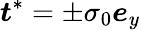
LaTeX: \boldsymbol{t}^{*}=\pm{\sigma}_{0}\boldsymbol{e}_{y}